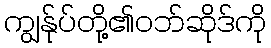
ကျွန်ုပ်တို့၏ဝဘ်ဆိုဒ်ကို